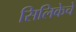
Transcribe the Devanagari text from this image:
सिलिकेचे